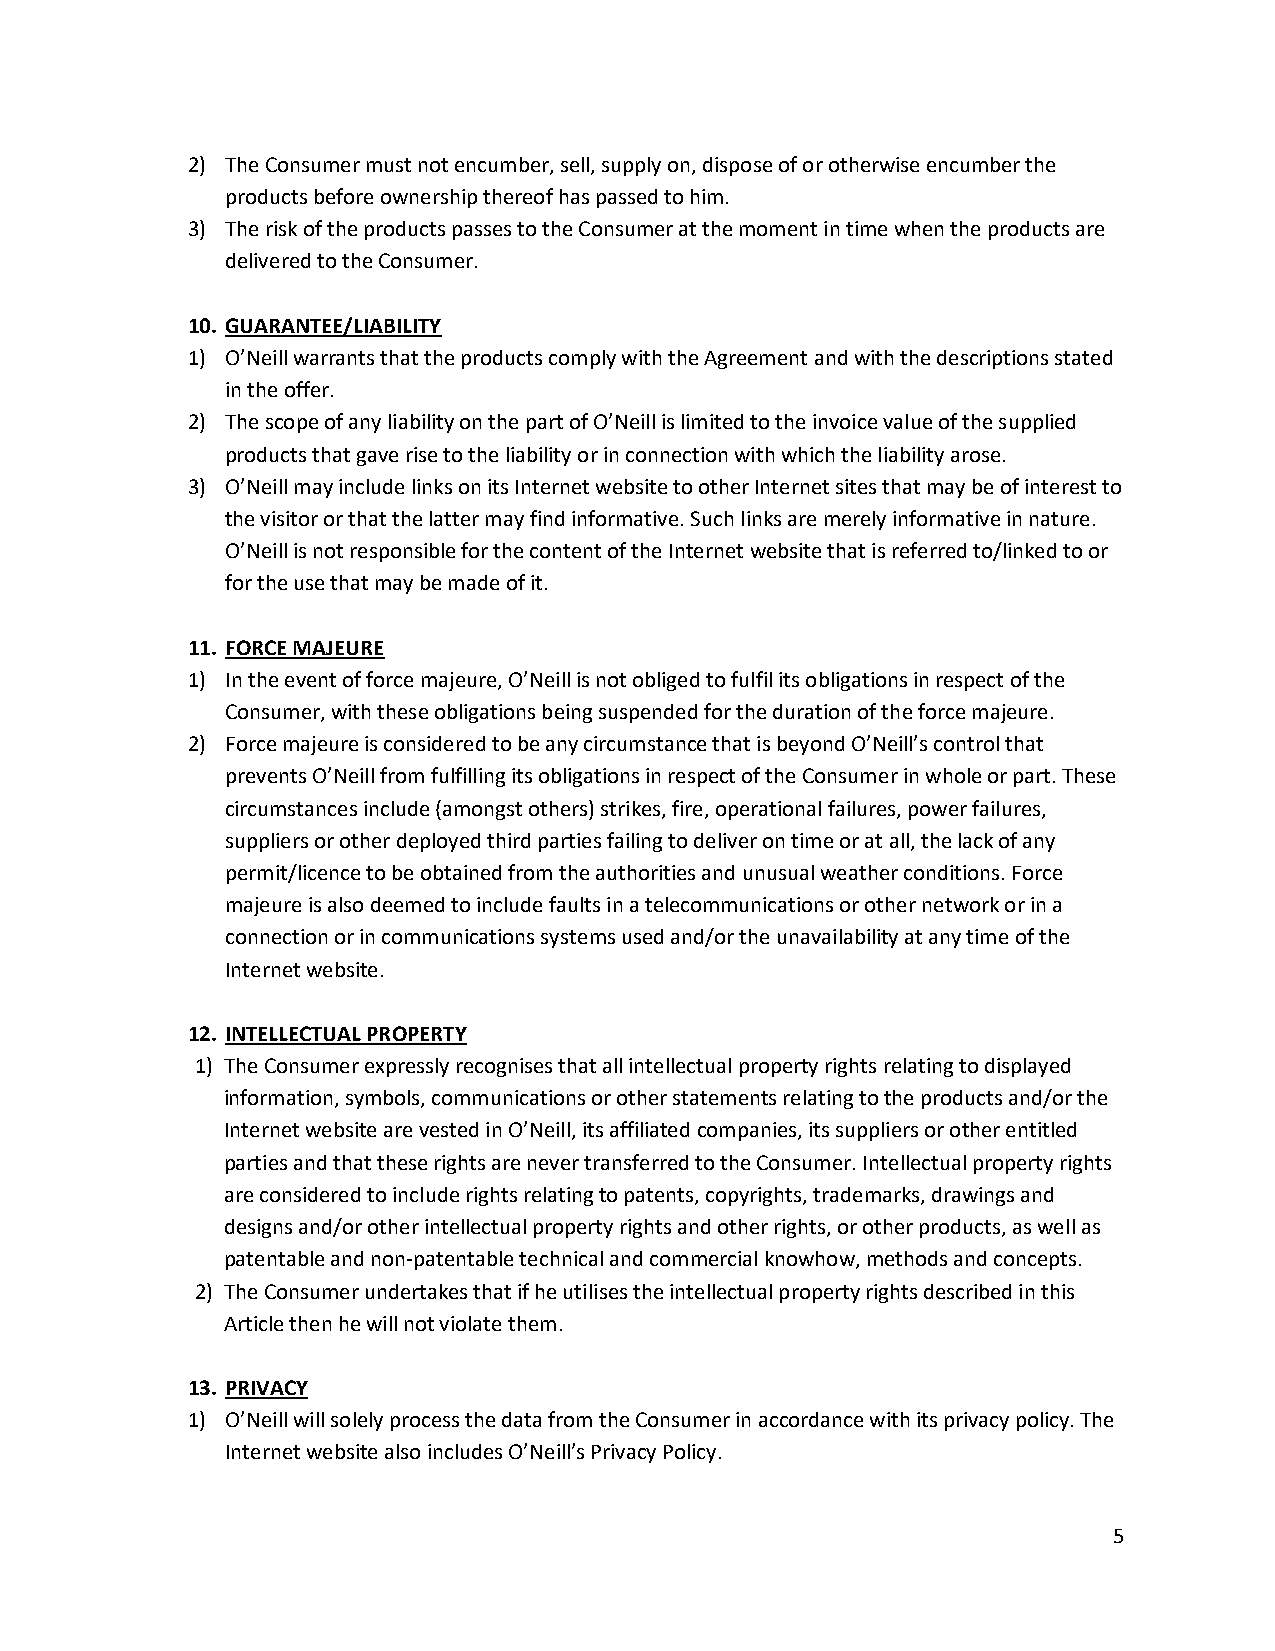
2) The Consumer must not encumber, sell, supply on, dispose of or otherwise encumber the
 products before ownership thereof has passed to him.
 3) The risk of the products passes to the Consumer at the moment in time when the products are
 delivered to the Consumer.
 10. GUARANTEE/LIABILITY
 1) O’Neill warrants that the products comply with the Agreement and with the descriptions stated
 in the offer.
 2) The scope of any liability on the part of O’Neill is limited to the invoice value of the supplied
 products that gave rise to the liability or in connection with which the liability arose.
 3) O’Neill may include links on its Internet website to other Internet sites that may be of interest to
 the visitor or that the latter may find informative. Such links are merely informative in nature.
 O’Neill is not responsible for the content of the Internet website that is referred to/linked to or
 for the use that may be made of it.
 11. FORCE MAJEURE
 1) In the event of force majeure, O’Neill is not obliged to fulfil its obligations in respect of the
 Consumer, with these obligations being suspended for the duration of the force majeure.
 2) Force majeure is considered to be any circumstance that is beyond O’Neill’s control that
 prevents O’Neill from fulfilling its obligations in respect of the Consumer in whole or part. These
 circumstances include (amongst others) strikes, fire, operational failures, power failures,
 suppliers or other deployed third parties failing to deliver on time or at all, the lack of any
 permit/licence to be obtained from the authorities and unusual weather conditions. Force
 majeure is also deemed to include faults in a telecommunications or other network or in a
 connection or in communications systems used and/or the unavailability at any time of the
 Internet website.
 12. INTELLECTUAL PROPERTY
 1) The Consumer expressly recognises that all intellectual property rights relating to displayed
 information, symbols, communications or other statements relating to the products and/or the
 Internet website are vested in O’Neill, its affiliated companies, its suppliers or other entitled
 parties and that these rights are never transferred to the Consumer. Intellectual property rights
 are considered to include rights relating to patents, copyrights, trademarks, drawings and
 designs and/or other intellectual property rights and other rights, or other products, as well as
 patentable and non-patentable technical and commercial knowhow, methods and concepts.
 2) The Consumer undertakes that if he utilises the intellectual property rights described in this
 Article then he will not violate them.
 13. PRIVACY
 1) O’Neill will solely process the data from the Consumer in accordance with its privacy policy. The
 Internet website also includes O’Neill’s Privacy Policy.
 5